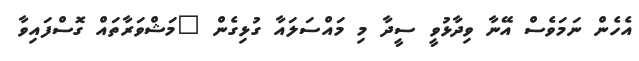
އެހެން ނަމަވެސް އޭނާ ވިދާޅުވީ ސީދާ މި މައްސަލައާ ގުޅިގެން "މަޝްވަރާތައް ގޮސްފައިވާ